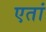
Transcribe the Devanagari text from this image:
एतां